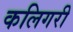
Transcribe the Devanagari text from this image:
कलिगरी